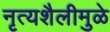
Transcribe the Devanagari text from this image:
नृत्यशैलीमुळे